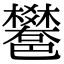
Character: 𨟄